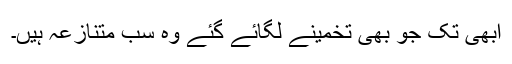
ابھی تک جو بھی تخمینے لگائے گئے وہ سب متنازعہ ہیں۔